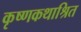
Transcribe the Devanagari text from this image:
कृष्णकथाश्रित